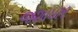
જશાધાર